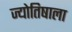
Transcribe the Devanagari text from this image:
ज्योतिषाला